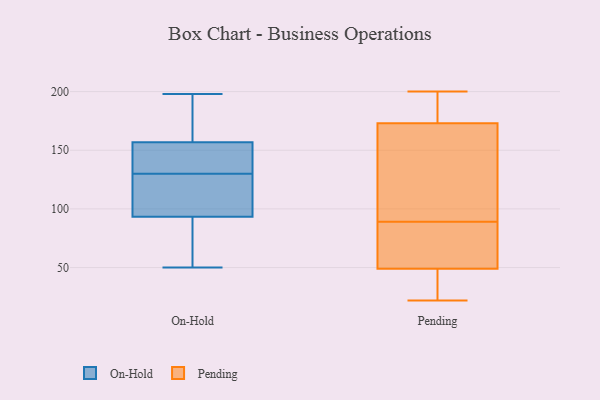
{"axis": {"x": "Population (Million)", "y": "Value"}, "legend": ["On-Hold", "Pending"], "data": [{"x": "", "y": 94, "type": "On-Hold"}, {"x": "", "y": 138, "type": "On-Hold"}, {"x": "", "y": 102, "type": "On-Hold"}, {"x": "", "y": 168, "type": "On-Hold"}, {"x": "", "y": 77, "type": "On-Hold"}, {"x": "", "y": 50, "type": "On-Hold"}, {"x": "", "y": 130, "type": "On-Hold"}, {"x": "", "y": 137, "type": "On-Hold"}, {"x": "", "y": 198, "type": "On-Hold"}, {"x": "", "y": 53, "type": "On-Hold"}, {"x": "", "y": 163, "type": "On-Hold"}, {"x": "", "y": 132, "type": "On-Hold"}, {"x": "", "y": 103, "type": "On-Hold"}, {"x": "", "y": 183, "type": "On-Hold"}, {"x": "", "y": 93, "type": "On-Hold"}, {"x": "", "y": 22, "type": "Pending"}, {"x": "", "y": 182, "type": "Pending"}, {"x": "", "y": 170, "type": "Pending"}, {"x": "", "y": 89, "type": "Pending"}, {"x": "", "y": 70, "type": "Pending"}, {"x": "", "y": 36, "type": "Pending"}, {"x": "", "y": 85, "type": "Pending"}, {"x": "", "y": 137, "type": "Pending"}, {"x": "", "y": 46, "type": "Pending"}, {"x": "", "y": 50, "type": "Pending"}, {"x": "", "y": 200, "type": "Pending"}, {"x": "", "y": 193, "type": "Pending"}, {"x": "", "y": 135, "type": "Pending"}]}